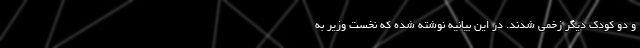
و دو کودک دیگر زخمی شدند. در این بیانیه نوشته شده که نخست وزیر به